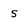
Character: 5